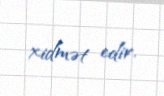
xidmət edir.